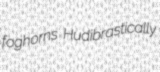
foghorns Hudibrastically